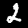
Digit: 2